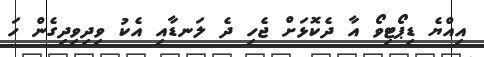
އިއްޔެ ޑިޕޯޓިވޯ އާ ދެކޮޅަށް ޖެހި ދެ ލަނޑާއި އެކު ވިދިވިދިގެން ހަ